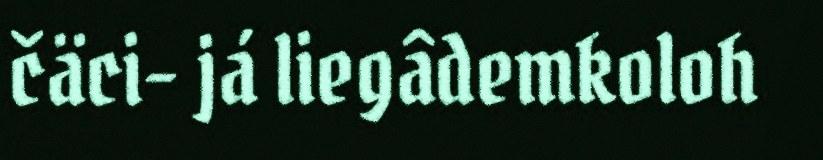
čäci- já liegâdemkoloh